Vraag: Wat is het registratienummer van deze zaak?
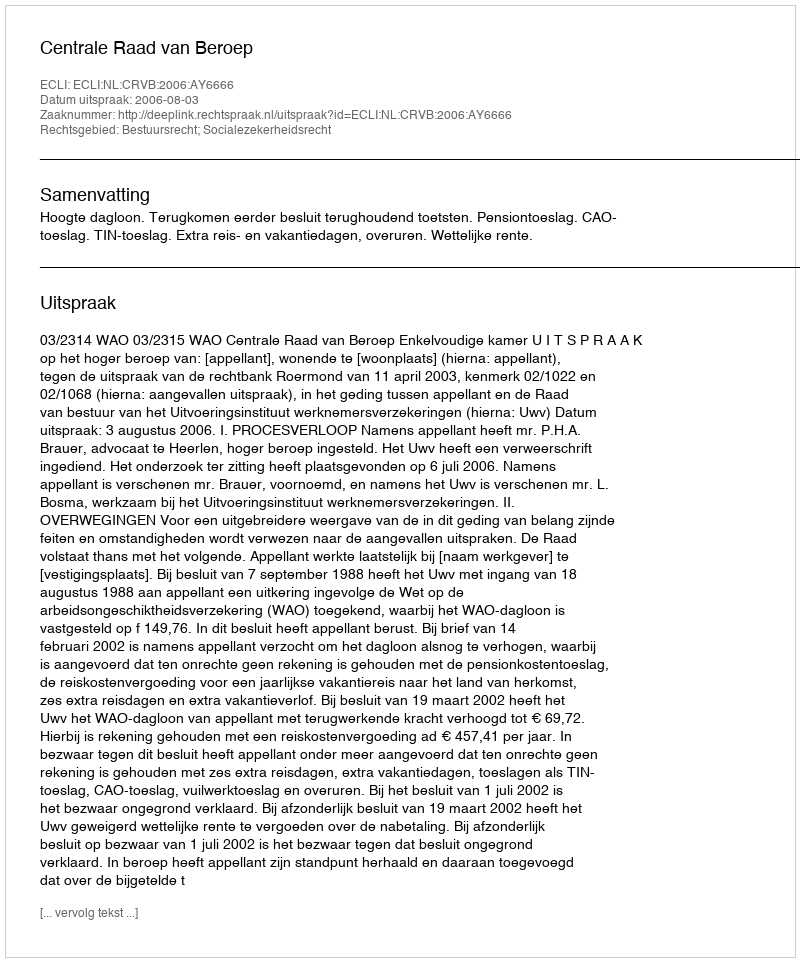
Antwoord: http://deeplink.rechtspraak.nl/uitspraak?id=ECLI:NL:CRVB:2006:AY6666